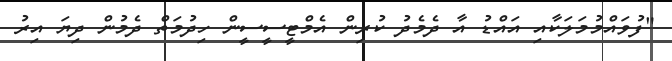
"ފުވައްމުމަލަކާއި އައްޑު އާ ދެމެދު ކުރިން އެމްޓީސީސީން ހިދުމަތް ދެމުން ދިޔަ އިރު